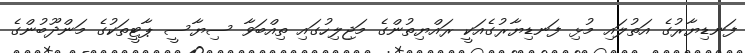
ފަނޑިޔާރުގެ އަތުލައި މުޅި ފަނޑިޔާރުގެއަކީ ރައްޔިތުންގެ މަޖިލިހުގައި ތިއްބަވާ ސިޔާސީ ޕާޓީތަކުގެ މަންދޫބުންގެ